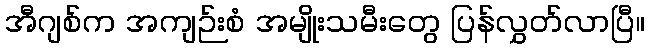
အီဂျစ်က အကျဉ်းစံ အမျိုးသမီးတွေ ပြန်လွှတ်လာပြီ။